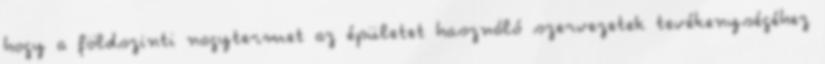
hogy a földszinti nagytermet az épületet használó szervezetek tevékenységéhez